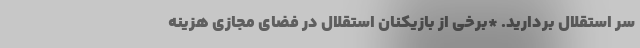
سر استقلال بردارید. *برخی از بازیکنان استقلال در فضای مجازی هزینه